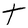
Character: t